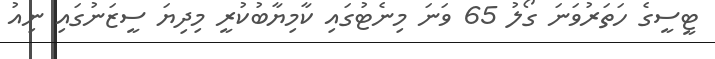
ޓީސީގެ ހަތަރުވަނަ ގޯލު 65 ވަނަ މިނެޓުގައި ކާމިޔާބުކުރީ މިދިޔަ ސީޒަނުގައި ނިއު